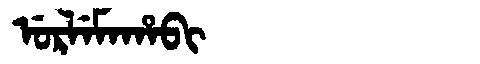
Manchu: ᡠᡵᠯᡝᠮᠠᡥᠠᠪᡳ
Romanization: URLEMAHABI